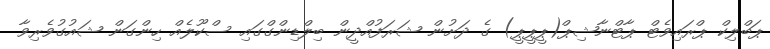
ޕަބްލިކް ޕްރައިވެޓް ޕާޓްނާޝިޕް(ޕީޕީޕީ) ގެ ދަށުން ޝަރަފުއްދީން ބިލްޑިންގްގައި ސްކޫލެއް ހިންގަން ޝައުގުވެރިވާ